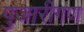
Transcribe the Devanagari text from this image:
पुजारीगण